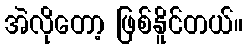
အဲလိုတော့ ဖြစ်နိူင်တယ်။